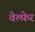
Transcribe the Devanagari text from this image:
वेल्फ़ेर